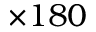
\times 1 8 0